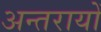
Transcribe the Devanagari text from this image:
अन्तरायों